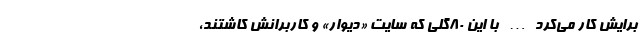
برایش کار می‌کرد… با این ۸۰گلی که سایت «دیوار» و کاربرانش کاشتند،